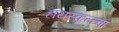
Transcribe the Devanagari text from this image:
हायस्कूलचा